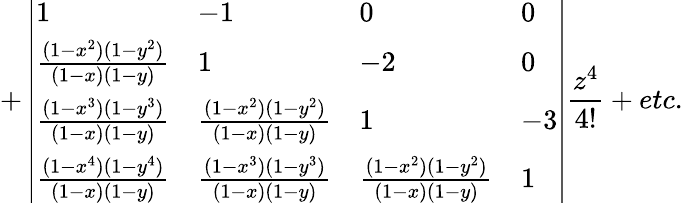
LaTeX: +\left|\begin{array}{llll}{1}&{-1}&{0}&{0}\\ {\frac{(1-x^{2})(1-y^{2})}{(1-x)(1-y)}}&{1}&{-2}&{0}\\ {\frac{(1-x^{3})(1-y^{3})}{(1-x)(1-y)}}&{\frac{(1-x^{2})(1-y^{2})}{(1-x)(1-y)}}&{1}&{-3}\\ {\frac{(1-x^{4})(1-y^{4})}{(1-x)(1-y)}}&{\frac{(1-x^{3})(1-y^{3})}{(1-x)(1-y)}}&{\frac{(1-x^{2})(1-y^{2})}{(1-x)(1-y)}}&{1}\end{array}\right|\frac{z^{4}}{4!}+etc.